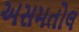
અસમતોલ